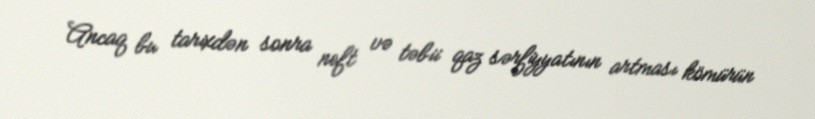
Ancaq bu tarixdən sonra neft və təbii qaz sərfiyyatının artması kömürün